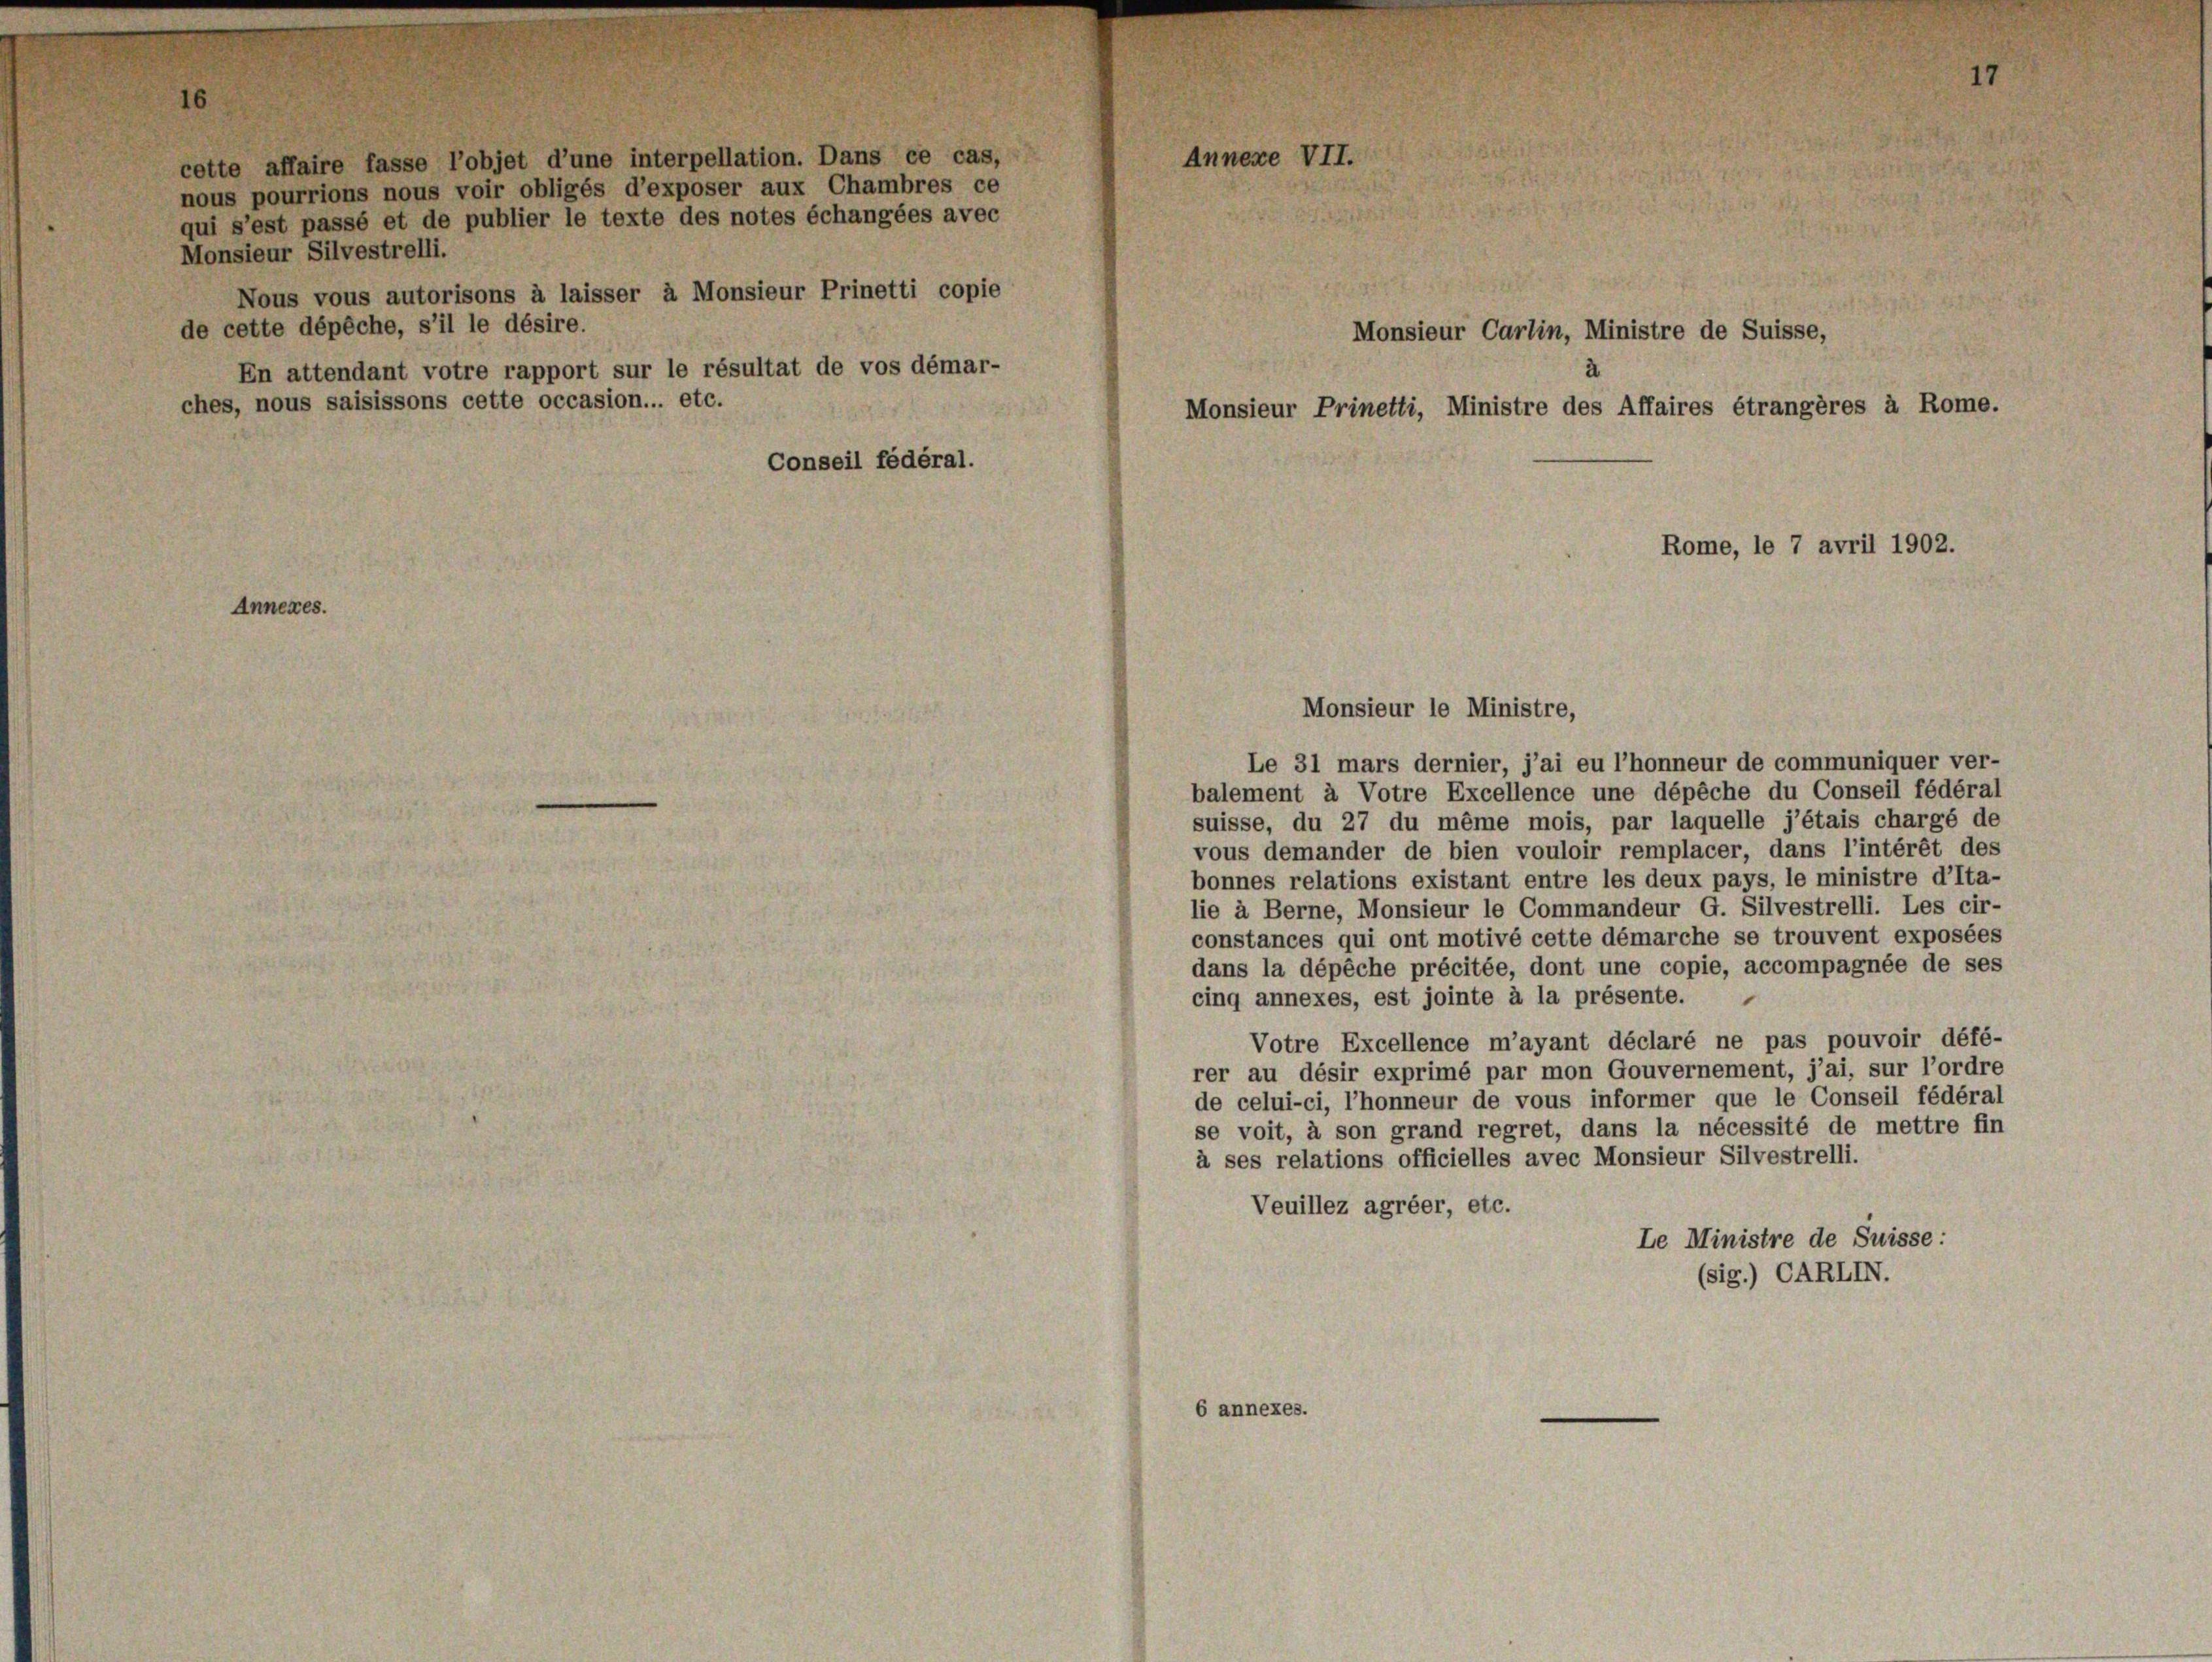
cette affaire fasse l’objet d’une interpellation. Dans ce cas,
nous pourrions nous voir obligés d’exposer aux Chambres ce
qui s’est passé et de publier le texte des notes échangées avec
Monsieur Silvestrelli.
Nous vous autorisons à laisser à Monsieur Prinetti copie
de cette dépêche, s’il le désire.
En attendant votre rapport sur le résultat de vos démar-
ches, nous saisissons cette occasion... etc.

16

Annexes.

Annexe VII.

Monsieur Carlin, Ministre de Suisse,
Monsieur Prinetti, Ministre des Affaires étrangères à Rome.
Conseil fédéral.
Rome, le 7 avril 1902.

Monsieur le Ministre,
Le 31 mars dernier, j’ai eu l’honneur de communiquer ver-
balement à Votre Excellence une dépêche du Conseil fédéral
suisse, du 27 du même mois, par laquelle j’étais chargé de
vous demander de bien vouloir remplacer, dans l’intérêt des
bonnes relations existant entre les deux pays, le ministre d’Ita-
lie à Berne, Monsieur le Commandeur G. Silvestrelli. Les cir-
constances qui ont motivé cette démarche se trouvent exposées
dans la dépêche précitée, dont une copie, accompagnée de ses
cinq annexes, est jointe à la présente.
Votre Excellence m’ayant déclaré ne pas pouvoir défé-
rer au désir exprimé par mon Gouvernement, j’ai, sur l’ordre
de celui-ci, l’honneur de vous informer que le Conseil fédéral
se voit, à son grand regret, dans la nécessité de mettre fin
à ses relations officielles avec Monsieur Silvestrelli.
Veuillez agréer, etc.
Le Ministre de Suisse:
(sig.) CARLIN.

6 annexes.

7